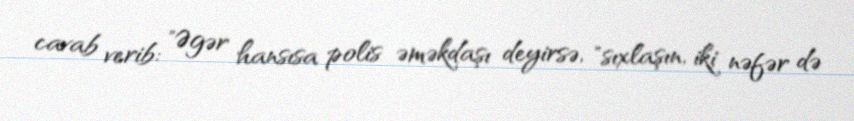
cavab verib: "Əgər hansısa polis əməkdaşı deyirsə, "sıxlaşın, iki nəfər də